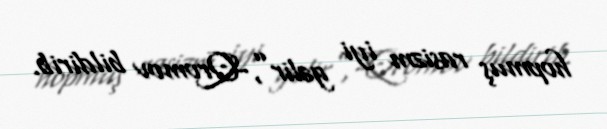
hopmuş rasizm iyi gəlir”,-Qromov bildirib.